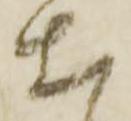
出